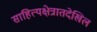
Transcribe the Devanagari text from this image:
साहित्यक्षेत्रातदेखिल